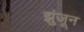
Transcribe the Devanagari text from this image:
झुंजून